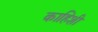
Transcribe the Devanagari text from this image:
काहिशी